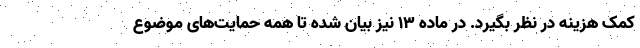
کمک هزینه در نظر بگیرد. در ماده ۱۳ نیز بیان شده تا همه حمایت‌های موضوع